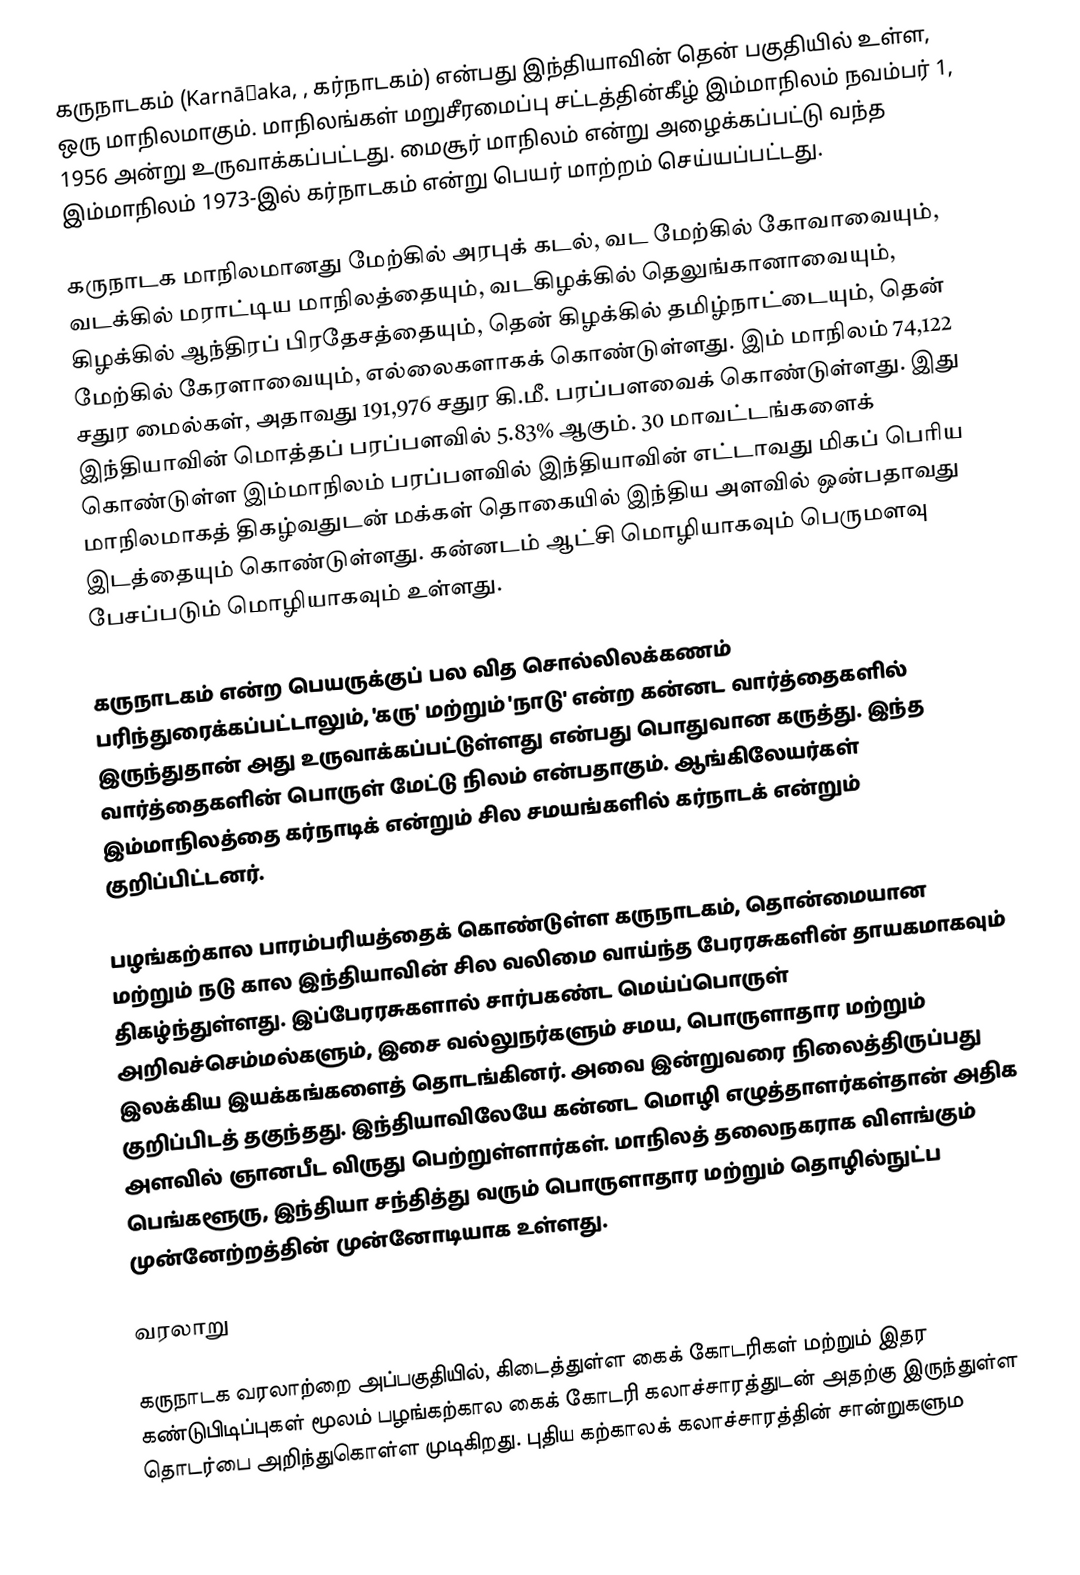
கருநாடகம்  (Karnāṭaka, , கர்நாடகம்) என்பது இந்தியாவின் தென் பகுதியில் உள்ள, ஒரு மாநிலமாகும். மாநிலங்கள் மறுசீரமைப்பு சட்டத்தின்கீழ் இம்மாநிலம் நவம்பர் 1, 1956 அன்று உருவாக்கப்பட்டது. மைசூர் மாநிலம் என்று அழைக்கப்பட்டு வந்த இம்மாநிலம் 1973-இல் கர்நாடகம் என்று பெயர் மாற்றம் செய்யப்பட்டது.

கருநாடக மாநிலமானது மேற்கில் அரபுக் கடல், வட மேற்கில் கோவாவையும், வடக்கில் மராட்டிய மாநிலத்தையும், வடகிழக்கில் தெலுங்கானாவையும், கிழக்கில் ஆந்திரப் பிரதேசத்தையும், தென் கிழக்கில் தமிழ்நாட்டையும், தென் மேற்கில் கேரளாவையும், எல்லைகளாகக் கொண்டுள்ளது. இம் மாநிலம் 74,122 சதுர மைல்கள், அதாவது 191,976 சதுர கி.மீ. பரப்பளவைக் கொண்டுள்ளது. இது இந்தியாவின் மொத்தப் பரப்பளவில் 5.83% ஆகும். 30 மாவட்டங்களைக் கொண்டுள்ள இம்மாநிலம் பரப்பளவில் இந்தியாவின் எட்டாவது மிகப் பெரிய மாநிலமாகத் திகழ்வதுடன் மக்கள் தொகையில் இந்திய அளவில் ஒன்பதாவது இடத்தையும் கொண்டுள்ளது. கன்னடம் ஆட்சி மொழியாகவும் பெருமளவு பேசப்படும் மொழியாகவும் உள்ளது.

கருநாடகம் என்ற பெயருக்குப் பல வித சொல்லிலக்கணம் பரிந்துரைக்கப்பட்டாலும், 'கரு' மற்றும் 'நாடு' என்ற கன்னட வார்த்தைகளில் இருந்துதான் அது உருவாக்கப்பட்டுள்ளது என்பது பொதுவான கருத்து. இந்த வார்த்தைகளின் பொருள் மேட்டு நிலம் என்பதாகும். ஆங்கிலேயர்கள் இம்மாநிலத்தை கர்நாடிக் என்றும் சில சமயங்களில் கர்நாடக் என்றும் குறிப்பிட்டனர்.

பழங்கற்கால பாரம்பரியத்தைக் கொண்டுள்ள கருநாடகம், தொன்மையான மற்றும் நடு கால இந்தியாவின் சில வலிமை வாய்ந்த பேரரசுகளின் தாயகமாகவும் திகழ்ந்துள்ளது. இப்பேரரசுகளால் சார்பகண்ட மெய்ப்பொருள் அறிவச்செம்மல்களும், இசை வல்லுநர்களும் சமய, பொருளாதார மற்றும் இலக்கிய இயக்கங்களைத் தொடங்கினர். அவை இன்றுவரை நிலைத்திருப்பது குறிப்பிடத் தகுந்தது. இந்தியாவிலேயே கன்னட மொழி எழுத்தாளர்கள்தான் அதிக அளவில் ஞானபீட விருது பெற்றுள்ளார்கள். மாநிலத் தலைநகராக விளங்கும் பெங்களூரு, இந்தியா சந்தித்து வரும் பொருளாதார மற்றும் தொழில்நுட்ப முன்னேற்றத்தின் முன்னோடியாக உள்ளது.

வரலாறு

கருநாடக வரலாற்றை அப்பகுதியில், கிடைத்துள்ள கைக் கோடரிகள் மற்றும் இதர கண்டுபிடிப்புகள் மூலம் பழங்கற்கால கைக் கோடரி கலாச்சாரத்துடன் அதற்கு இருந்துள்ள தொடர்பை அறிந்துகொள்ள முடிகிறது. புதிய கற்காலக் கலாச்சாரத்தின் சான்றுகளும